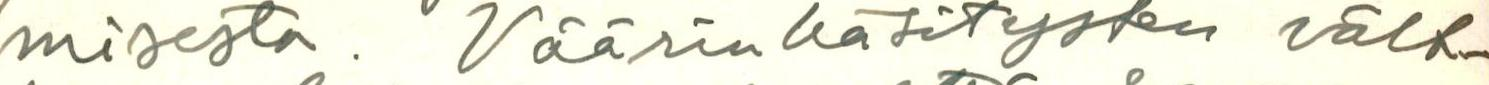
misesta. Väärinkäsitysten vält-